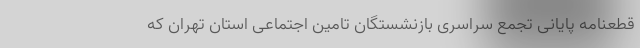
قطعنامه پایانی تجمع سراسری بازنشستگان تامین اجتماعی استان تهران که